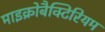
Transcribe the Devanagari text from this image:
माइक्रोबैक्टिरियम